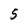
Character: 5